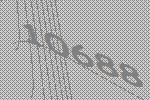
10688